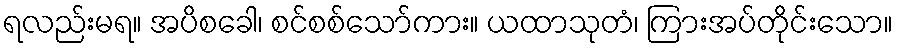
ရလည်းမရ။ အပိစခေါ၊ စင်စစ်သော်ကား။ ယထာသုတံ၊ ကြားအပ်တိုင်းသော။